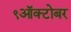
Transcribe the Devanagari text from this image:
९ऑक्टोबर